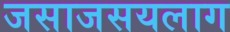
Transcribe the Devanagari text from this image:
जसाजसयलाग